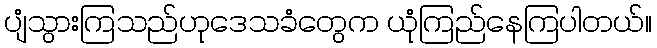
ပျံသွားကြသည်ဟုဒေသခံတွေက ယုံကြည်နေကြပါတယ်။